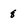
Character: 8